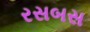
રસબસ